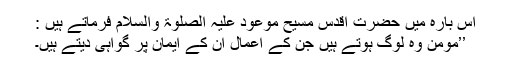
اس بارہ میں حضرت اقدس مسیح موعود علیہ الصلوٰۃ والسلام فرماتے ہیں :
’’مومن وہ لوگ ہوتے ہیں جن کے اعمال ان کے ایمان پر گواہی دیتے ہیں۔